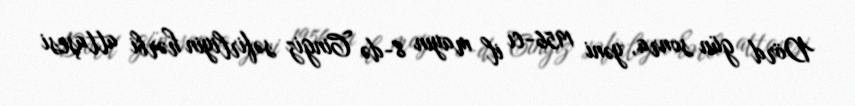
Dörd gün sonra, yəni 1956-cı il mayın 8-də Cingiz səfirliyin hərbi attaşesi